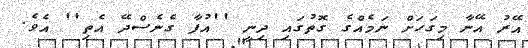
އޭރު އޭނާ މިގަހަށް ނަމެއްގެ ގޮތުގައި ދިނީ ''އުފާ ގެނެސްދޭ އެތި'' އެވެ.